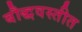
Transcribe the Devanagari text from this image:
बौद्धवस्तीत